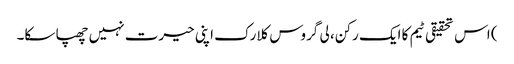
) اس تحقیقی ٹیم کا ایک رکن، لی گروس کلارک اپنی حیرت نہیں چھپا سکا۔